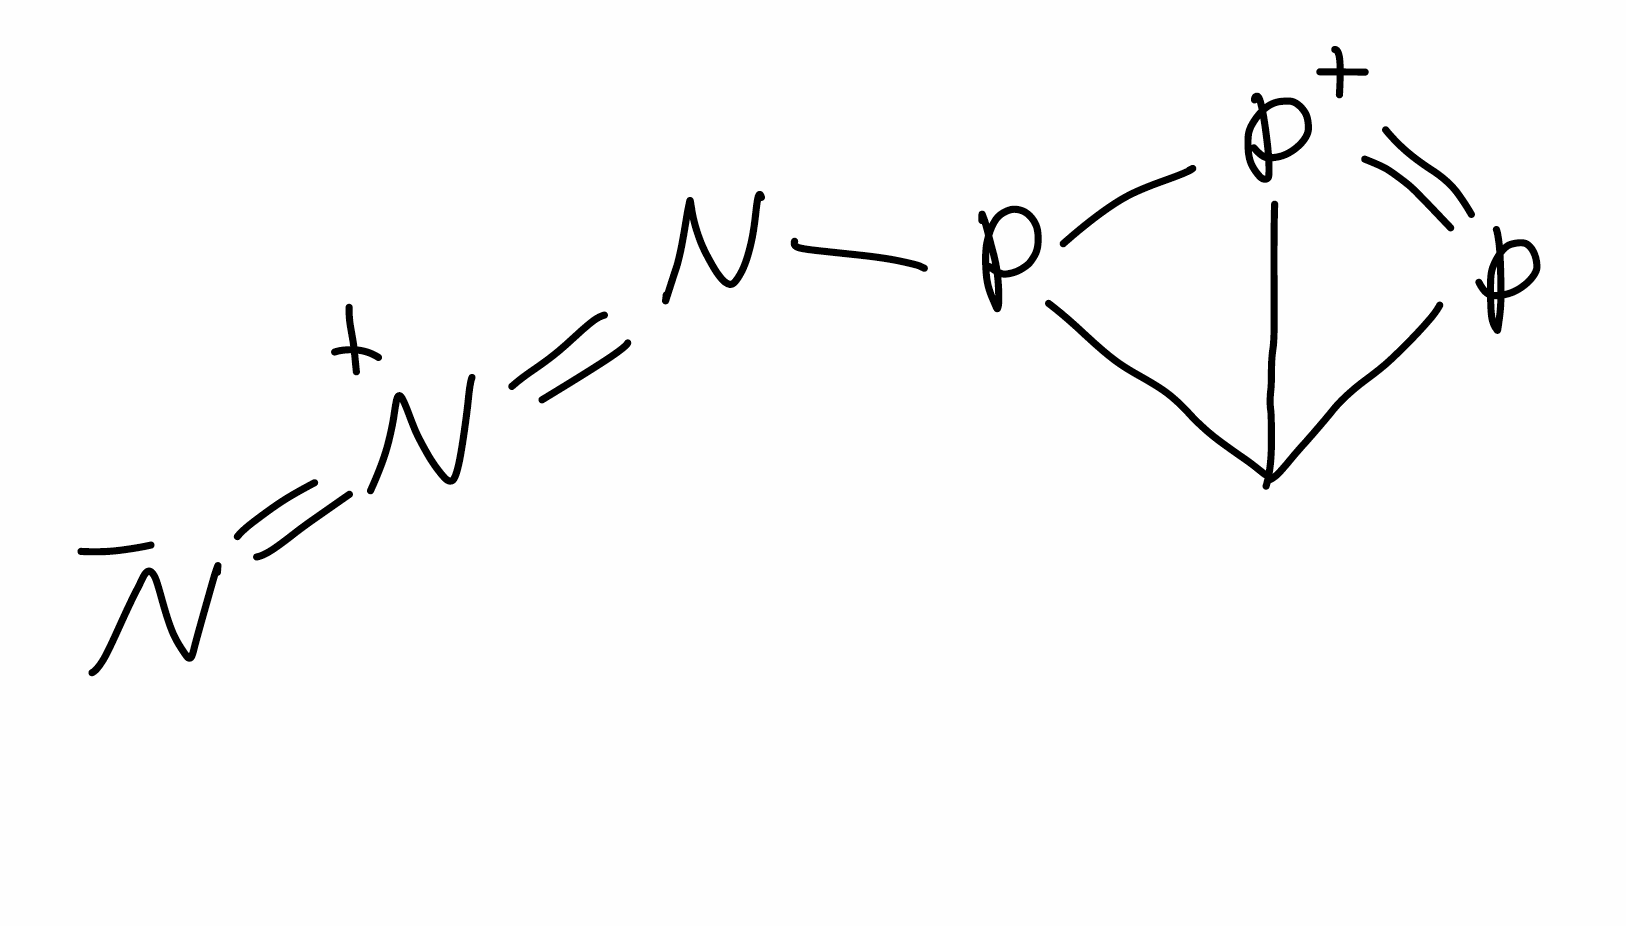
Simplified molecular-input line-entry system (SMILES) notation of the given molecule:
C12P=[P+]1P2N=[N+]=[N-]